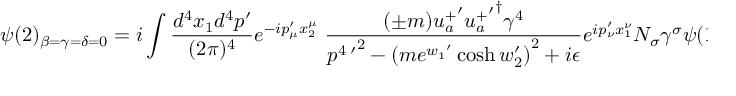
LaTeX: \psi ( 2 ) _ { \beta = \gamma = \delta = 0 } = i \int \frac { d ^ { 4 } x _ { 1 } d ^ { 4 } p ^ { \prime } } { ( 2 \pi ) ^ { 4 } } e ^ { - i p _ { \mu } ^ { \prime } x _ { 2 } ^ { \mu } } \; \frac { ( \pm m ) { u _ { a } ^ { + } } ^ { \prime } { { u _ { a } ^ { + } } ^ { \prime } } ^ { \dagger } \gamma ^ { 4 } } { { p ^ { 4 \; \prime } } ^ { 2 } - { ( m e ^ { { w _ { 1 } } ^ { \prime } } \cosh w _ { 2 } ^ { \prime } ) } ^ { 2 } + i \epsilon } e ^ { i p _ { \nu } ^ { \prime } x _ { 1 } ^ { \nu } } N _ { \sigma } \gamma ^ { \sigma } \psi ( 1 ) ,